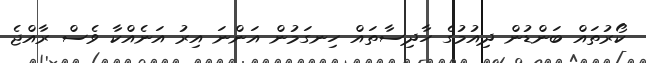
ކޯރުތައް ބަންޑުން ދިއުމުގެ ހާދިސާތައް ހިނގަމުން އަންނަ އިރު އަނެއްކާ ވެސް ރާއްޖެ